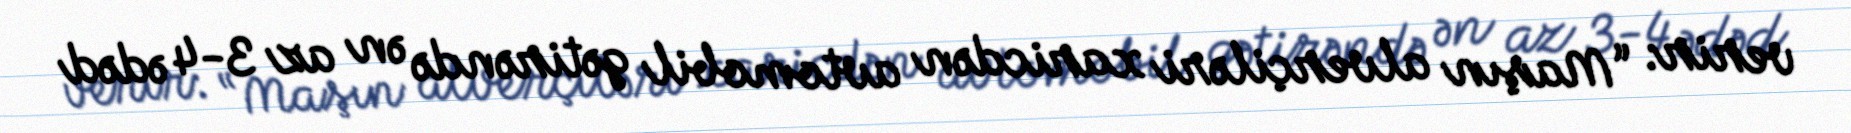
verir: “Maşın alverçiləri xaricdən avtomobil gətirəndə ən az 3-4 ədəd